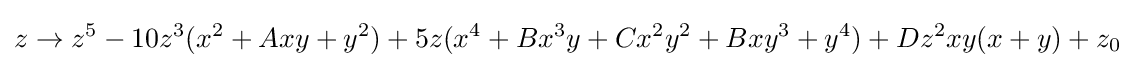
z\to z^{5}-10z^{3}(x^{2}+Axy+y^{2})+5z(x^{4}+Bx^{3}y+Cx^{2}y^{2}+Bxy^{3}+y^{4})+Dz^{2}xy(x+y)+z_{0}